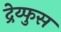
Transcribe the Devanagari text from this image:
द्रेय्फुस